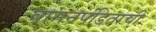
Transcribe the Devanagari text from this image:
वामनपंडिताची